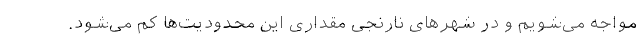
مواجه می‌شویم و در شهرهای نارنجی مقداری این محدودیت‌ها کم می‌شود.